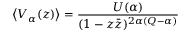
\left\langle V _ { \alpha } ( z ) \right\rangle = \frac { U ( \alpha ) } { ( 1 - z \bar { z } ) ^ { 2 \alpha ( Q - \alpha ) } }